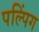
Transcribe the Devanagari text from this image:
पल्पिंग